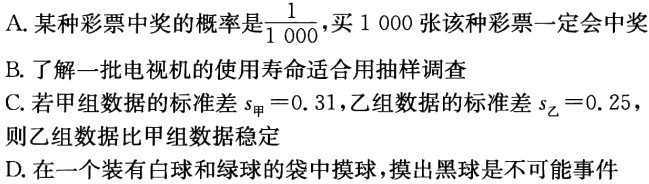
A. 某种彩票中奖的概率是$\frac{1}{1000}$，买 1 000 张该种彩票一定会中奖
B. 了解一批电视机的使用寿命适合用抽样调查
C. 若甲组数据的标准差$s_{甲}=0.31$，乙组数据的标准差$s_{乙}=0.25$，则乙组数据比甲组数据稳定
D. 在一个装有白球和绿球的袋中摸球，摸出黑球是不可能事件